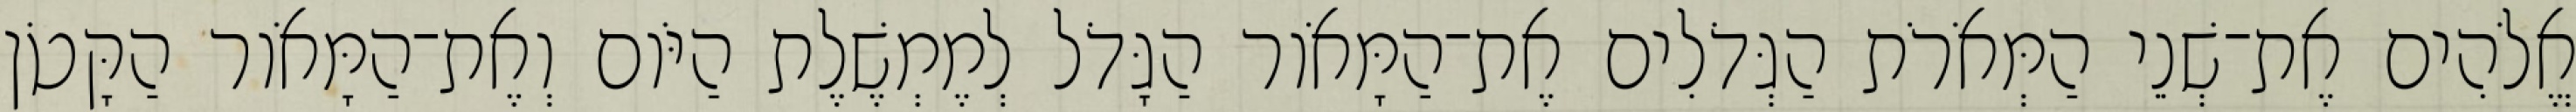
אֱלֹהִים אֶת־שְׁנֵי הַמְּאֹרֹת הַגְּדֹלִים אֶת־הַמָּאֹור הַגָּדֹל לְמֶמְשֶׁלֶת הַיֹּום וְאֶת־הַמָּאֹור הַקָּטֹן